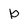
Character: b